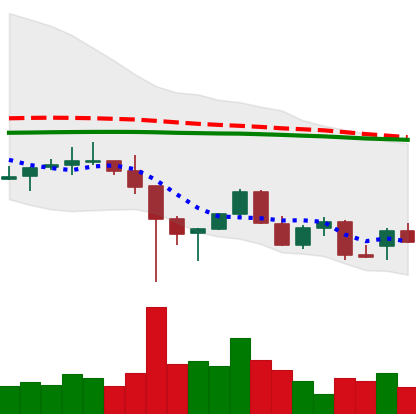
Ticker: LINK-USD
Chart end date: 2021-12-16
Forward return: 3.556%
Label: up_3_5